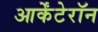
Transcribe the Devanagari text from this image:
आर्केंटेरॉन